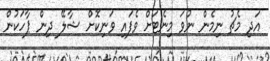
އަދި މެޗު ނިމެން ނުވަ މިނެޓަށް ވެފައި ވަނިކޮށް ޝާލޭ ދިން ޕާހަކުން